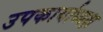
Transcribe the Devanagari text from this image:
उपकार्याध्यक्ष